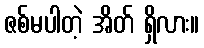
ဇစ်မပါတဲ့ အိတ် ရှိလား။